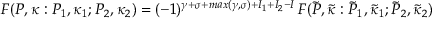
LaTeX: F ( { \cal P } , \kappa : { \cal P } _ { 1 } , { \kappa } _ { 1 } ; { \cal P } _ { 2 } , { \kappa } _ { 2 } ) = ( - 1 ) ^ { \gamma + \sigma + m a x ( \gamma , \sigma ) + I _ { 1 } + I _ { 2 } - I } \, F ( \tilde { \cal P } , \tilde { \kappa } : \tilde { \cal P } _ { 1 } , \tilde { \kappa } _ { 1 } ; \tilde { \cal P } _ { 2 } , \tilde { \kappa } _ { 2 } )